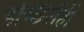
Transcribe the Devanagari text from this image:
इच्छिलेंही